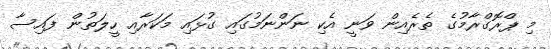
މި ޕްރޮގްރާމުގެ ތެރެއިން ވަނީ އެކި ނަންނަމުގައި ގުޅައި މަކަރާއި ހީލަތުން ފައިސާ